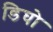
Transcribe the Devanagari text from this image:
डिघो